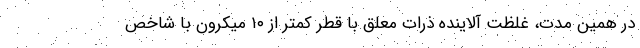
در همین مدت، غلظت آلاینده ذرات معلق با قطر کمتر از ۱۰ میکرون با شاخص